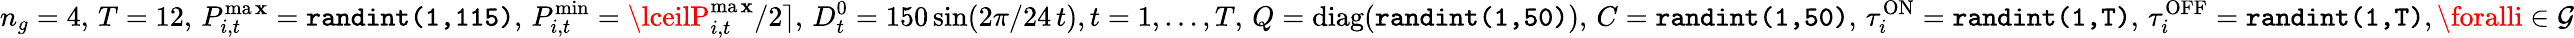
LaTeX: n_{g}=4,\, T=12,\, P_{i,t}^{\operatorname*{ma\mathbf{x}}}=\texttt{{randint(1,115)}},\, P_{i,t}^{\operatorname*{min}}=\lceilP_{i,t}^{\operatorname*{ma\mathbf{x}}}/2\rceil,\, D_{t}^{0}=150\sin(2\pi/24\, t),t=1,\ldots,T,\, Q=\mathrm{{diag}}(\texttt{{randint(1,50)}}),\, C=\texttt{{randint(1,50)}},\, \tau_{i}^{\mathrm{{ON}}}=\texttt{{randint(1,T)}},\, \tau_{i}^{\mathrm{{OFF}}}=\texttt{{randint(1,T)}},\foralli\in\mathcal{{G}}